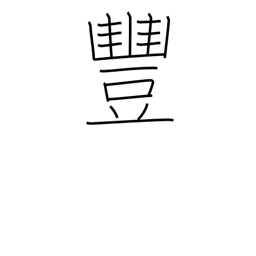
Meaning: bountiful